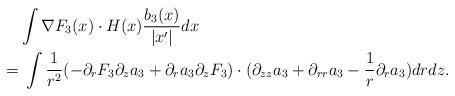
LaTeX: \begin{align*} & \int \nabla F_3 (x) \cdot H(x) \frac{b_3(x)} {|x^{\prime}|} dx \\ = & \; \int \frac 1 {r^2} (- \partial_r F_3 \partial_z a_3 + \partial_r a_3 \partial_z F_3) \cdot (\partial_{zz}a_3 + \partial_{rr} a_3 - \frac 1 r \partial_r a_3) dr dz. \end{align*}